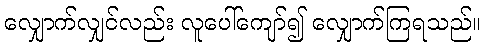
လျှောက်လျှင်လည်း လူပေါ်ကျော်၍ လျှောက်ကြရသည်။